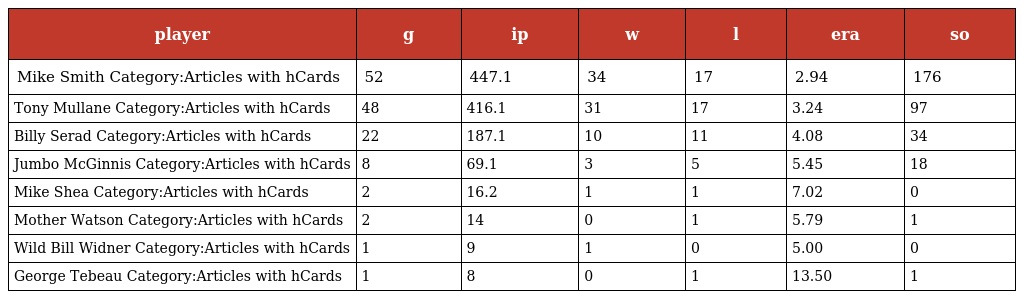
| player | g | ip | w | l | era | so |
 | --- | --- | --- | --- | --- | --- | --- |
 | Mike Smith Category:Articles with hCards | 52 | 447.1 | 34 | 17 | 2.94 | 176 |
 | Tony Mullane Category:Articles with hCards | 48 | 416.1 | 31 | 17 | 3.24 | 97 |
 | Billy Serad Category:Articles with hCards | 22 | 187.1 | 10 | 11 | 4.08 | 34 |
 | Jumbo McGinnis Category:Articles with hCards | 8 | 69.1 | 3 | 5 | 5.45 | 18 |
 | Mike Shea Category:Articles with hCards | 2 | 16.2 | 1 | 1 | 7.02 | 0 |
 | Mother Watson Category:Articles with hCards | 2 | 14 | 0 | 1 | 5.79 | 1 |
 | Wild Bill Widner Category:Articles with hCards | 1 | 9 | 1 | 0 | 5.00 | 0 |
 | George Tebeau Category:Articles with hCards | 1 | 8 | 0 | 1 | 13.50 | 1 |